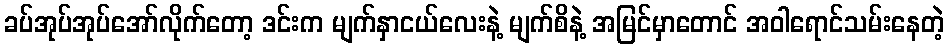
ခပ်အုပ်အုပ်အော်လိုက်တော့ ဒင်းက မျက်နှာငယ်လေးနဲ့ မျက်စိနဲ့ အမြင်မှာတောင် အဝါရောင်သမ်းနေတဲ့